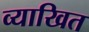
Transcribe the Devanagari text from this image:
व्याखित